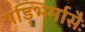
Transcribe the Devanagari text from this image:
षड्भिर्मासैः